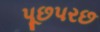
પૂછપરછ